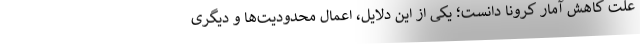
علت کاهش آمار کرونا دانست؛ یکی از این دلایل، اعمال محدودیت‌‌ها و دیگری